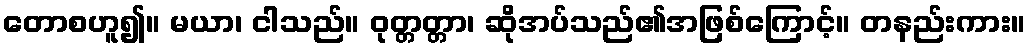
တောစဟူ၍။ မယာ၊ ငါသည်။ ဝုတ္တတ္တာ၊ ဆိုအပ်သည်၏အဖြစ်ကြောင့်။ တနည်းကား။